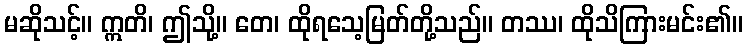
မဆိုသင့်။ ဣတိ၊ ဤသို့။ တေ၊ ထိုရသေ့မြတ်တို့သည်။ တဿ၊ ထိုသိကြားမင်း၏။